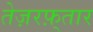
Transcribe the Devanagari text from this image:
तेज़रफ़्तार